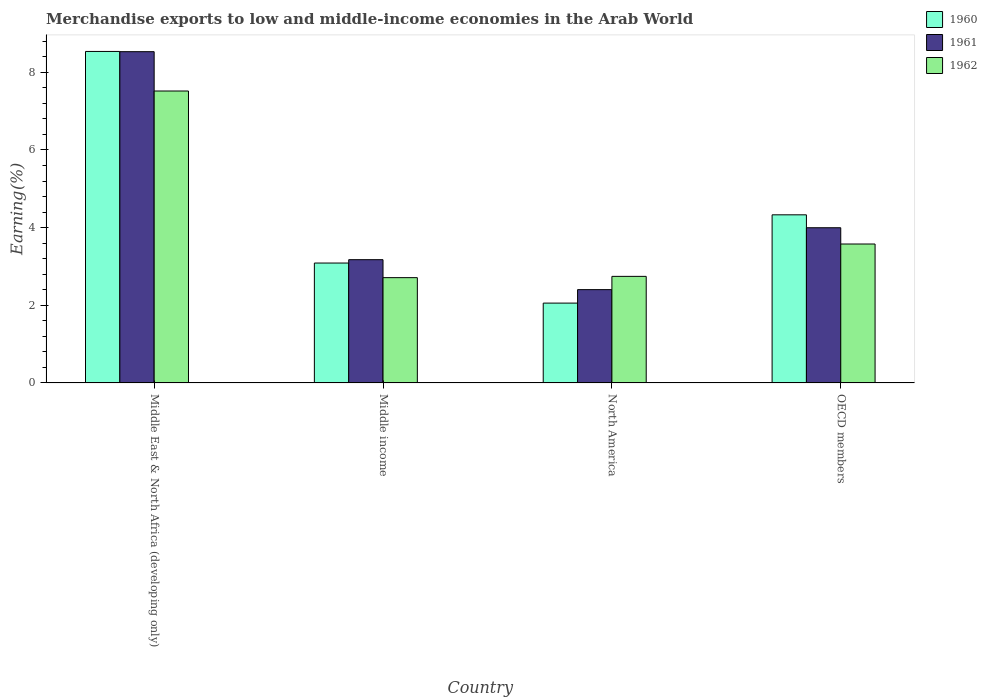
| Country | 1960 | 1961 | 1962 |
 | --- | --- | --- | --- |
 | Middle East & North Africa (developing only) | 8.54 | 8.53 | 7.52 |
 | Middle income | 3.09 | 3.17 | 2.71 |
 | North America | 2.06 | 2.4 | 2.74 |
 | OECD members | 4.33 | 4 | 3.58 |